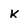
Character: k